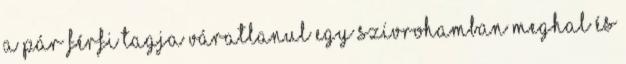
a pár férfi tagja váratlanul egy szívrohamban meghal és